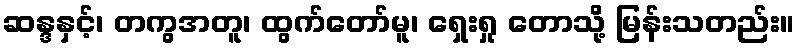
ဆန္ဒနှင့်၊ တကွအတူ၊ ထွက်တော်မူ၊ ရှေးရှု တောသို့ မြန်းသတည်း။